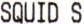
SQUID S